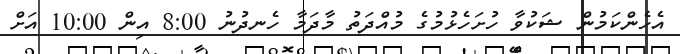
އެހެންކަމުން ޝަކުވާ ހުށަހެޅުމުގެ މުއްދަތު މާދަމާ ހެނދުނު 8:00 އިން 10:00 އަށް